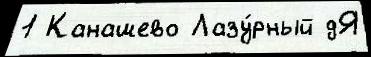
1 Канашево Лазу́рный дЯ